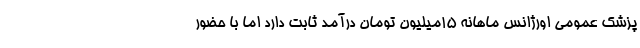
پزشک عمومی اورژانس ماهانه ۱۵میلیون تومان درآمد ثابت دارد اما با حضور